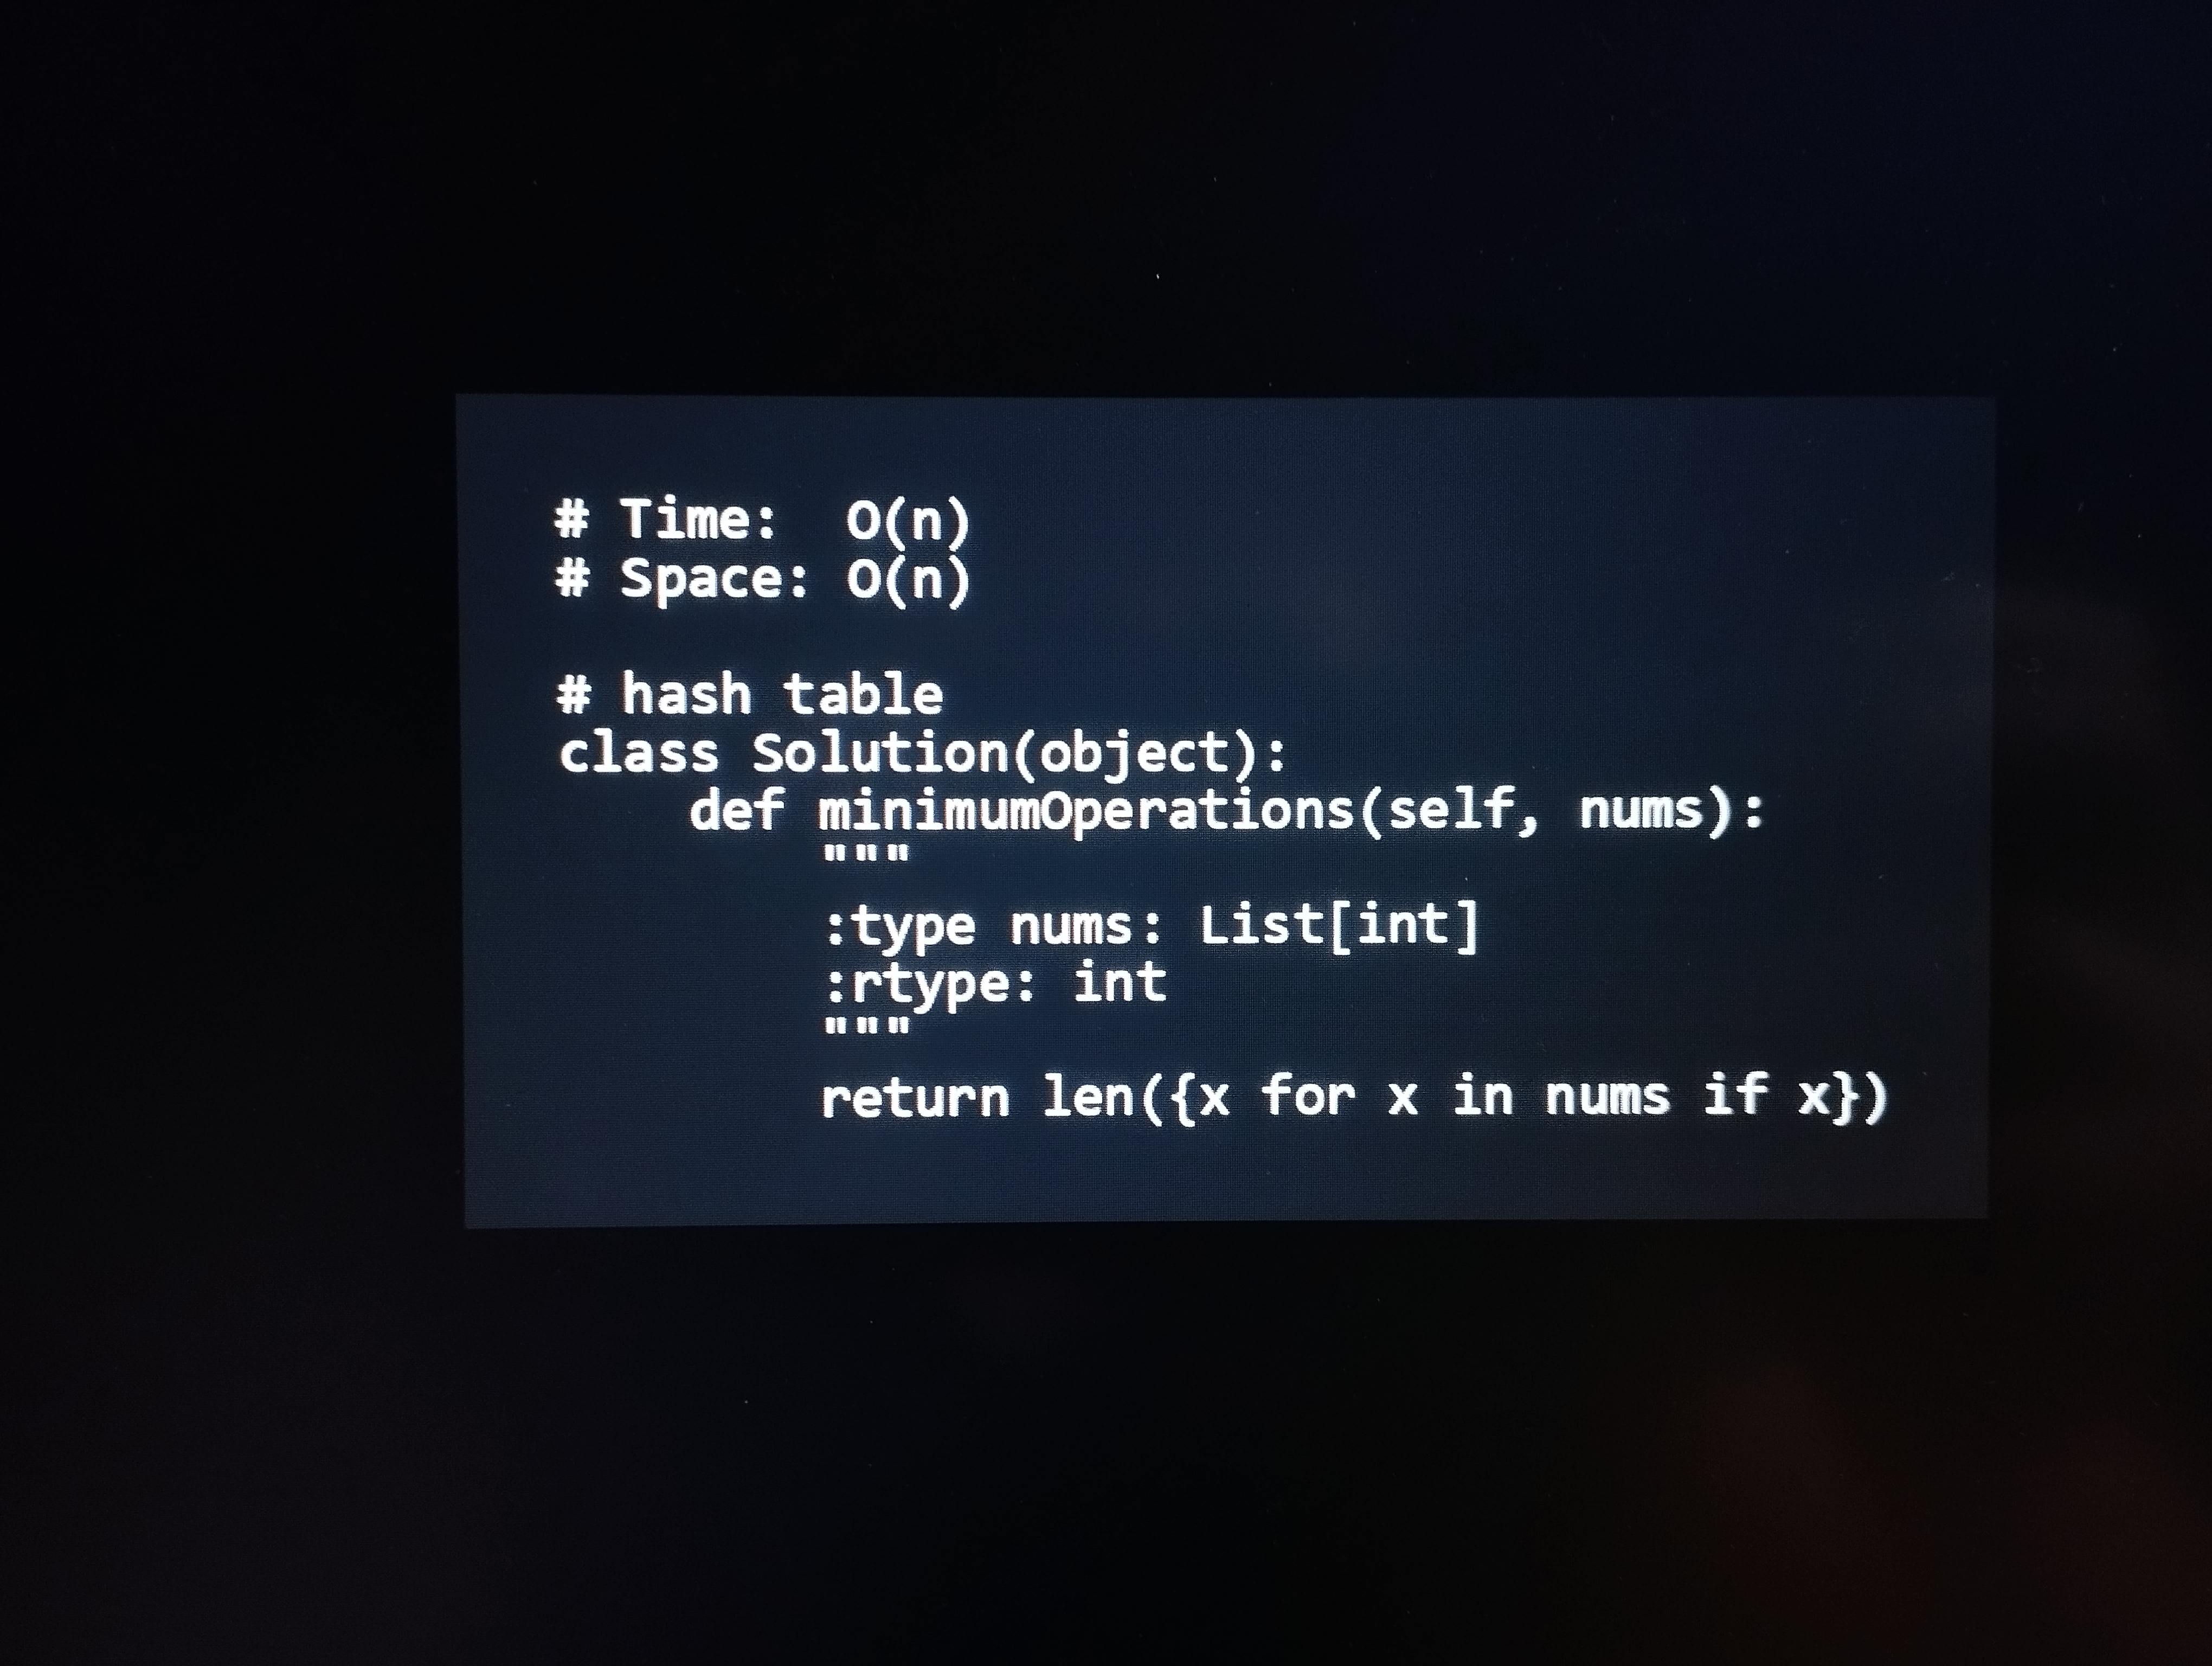
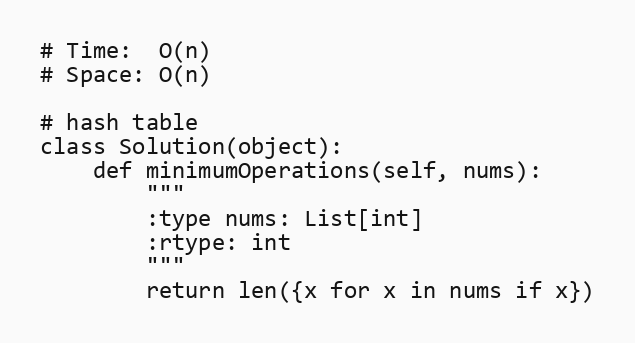
# Time:  O(n)
# Space: O(n)

# hash table
class Solution(object):
    def minimumOperations(self, nums):
        """
        :type nums: List[int]
        :rtype: int
        """
        return len({x for x in nums if x})